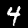
Label: 4